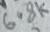
Text: 6.8K